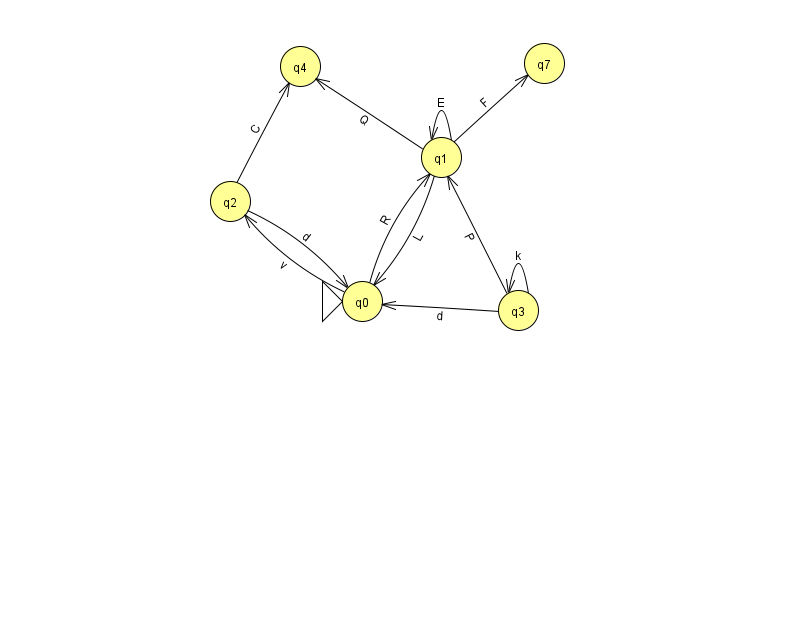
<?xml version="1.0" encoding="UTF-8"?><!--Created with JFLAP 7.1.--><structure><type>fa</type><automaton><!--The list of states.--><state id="0" name="q0"><x>362.0</x><y>288.0</y><initial/></state><state id="1" name="q1"><x>441.0</x><y>144.0</y></state><state id="2" name="q2"><x>230.0</x><y>188.0</y></state><state id="3" name="q3"><x>518.0</x><y>297.0</y></state><state id="4" name="q4"><x>300.0</x><y>53.0</y></state><state id="7" name="q7"><x>544.0</x><y>50.0</y></state><!--The list of transitions.--><transition><from>1</from><to>1</to><read>E</read></transition><transition><from>3</from><to>1</to><read>P</read></transition><transition><from>0</from><to>1</to><read>R</read></transition><transition><from>2</from><to>4</to><read>C</read></transition><transition><from>3</from><to>0</to><read>d</read></transition><transition><from>1</from><to>7</to><read>F</read></transition><transition><from>1</from><to>0</to><read>L</read></transition><transition><from>1</from><to>4</to><read>Q</read></transition><transition><from>3</from><to>3</to><read>k</read></transition><transition><from>2</from><to>0</to><read>d</read></transition><transition><from>0</from><to>2</to><read>v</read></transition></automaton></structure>